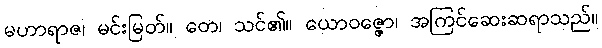
မဟာရာဇ၊ မင်းမြတ်။ တေ၊ သင်၏။ ယောဝဇ္ဇော၊ အကြင်ဆေးဆရာသည်။